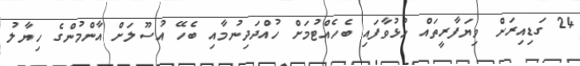
24 ގަޑިއިރަށް ވިޔަފާރީތައް ހުޅުވާފައި ބެހެއްޓުމަށް ހުއްދަދިނުމާއި ބެހޭ އުސޫލަށް އާންމުންގެ ހިޔާލު